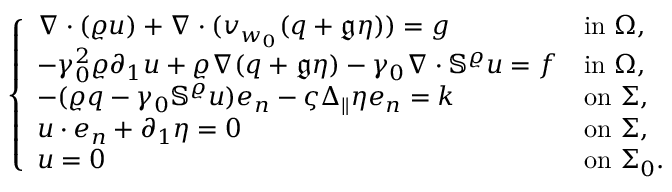
\left\{ \begin{array} { l l } { \nabla \cdot ( \varrho u ) + \nabla \cdot ( v _ { w _ { 0 } } ( q + \mathfrak { g } \eta ) ) = g } & { \mathrm { i n ~ } \Omega , } \\ { - \gamma _ { 0 } ^ { 2 } \varrho \partial _ { 1 } u + \varrho \nabla ( q + \mathfrak { g } \eta ) - \gamma _ { 0 } \nabla \cdot \mathbb { S } ^ { \varrho } u = f } & { \mathrm { i n ~ } \Omega , } \\ { - ( \varrho q - \gamma _ { 0 } \mathbb { S } ^ { \varrho } u ) e _ { n } - \varsigma \Delta _ { \| } \eta e _ { n } = k } & { \mathrm { o n ~ } \Sigma , } \\ { u \cdot e _ { n } + \partial _ { 1 } \eta = 0 } & { \mathrm { o n ~ } \Sigma , } \\ { u = 0 } & { \mathrm { o n ~ } \Sigma _ { 0 } . } \end{array} \right.